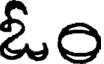
ఓం